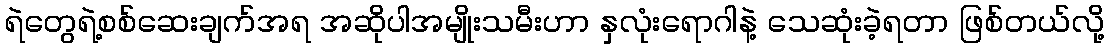
ရဲတွေရဲ့စစ်ဆေးချက်အရ အဆိုပါအမျိုးသမီးဟာ နှလုံးရောဂါနဲ့ သေဆုံးခဲ့ရတာ ဖြစ်တယ်လို့